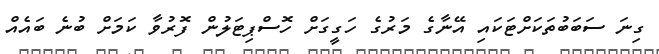
ގިނަ ސަބަބުތަކަށްޓަކައި އޭނާގެ މަރުގެ ހަގީގަށް ހޮސްޕިޓަލުން ފޮރުވާ ކަމަށް ބުނެ ބައެއް